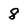
Character: 8